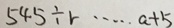
5 4 5 \div r \cdots a + 5